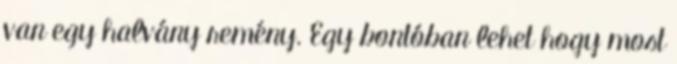
van egy halvány remény. Egy bontóban lehet hogy most